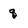
Character: q